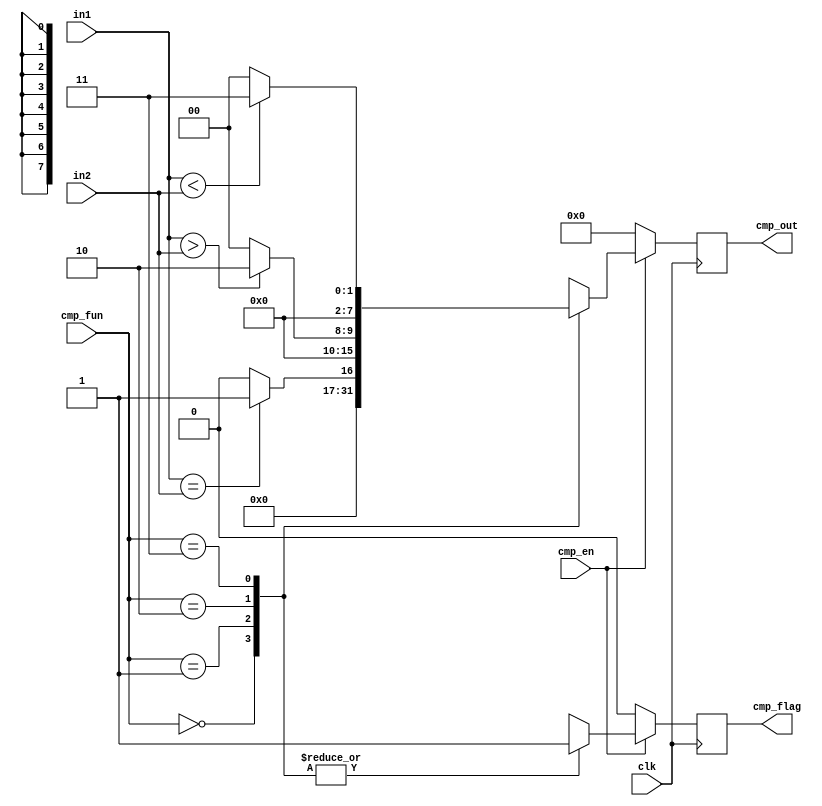
module CMP_UNIT #(
  parameter DATA_WIDTH = 8
  ) (
  input wire [DATA_WIDTH - 1 : 0]        in1,
  input wire [DATA_WIDTH - 1 : 0]        in2,
  input wire                            clk,
  input wire [1:0]                      cmp_fun,
  input wire                            cmp_en,
  output reg [DATA_WIDTH - 1 : 0]    cmp_out,
  output reg                            cmp_flag
  );
  
  reg [DATA_WIDTH - 1 : 0] cmp_out_comb;
  reg cmp_flag_comb;
  
  always @(posedge clk)
    begin
      cmp_out <= cmp_out_comb;
      cmp_flag <= cmp_flag_comb;      
    end
  
  always @(*)
    begin
      cmp_out_comb = 'b0;
      cmp_flag_comb = 1'b0;
      if (cmp_en)
        begin
          case (cmp_fun)
            2'b00: 
            begin
              cmp_out_comb = 'b0;
              cmp_flag_comb = 1'b1;
            end
            
            2'b01:
            begin
              if(in1 == in2)
                begin
                  cmp_out_comb = 'b1;
                end
              else
                begin
                  cmp_out_comb = 'b0;
                end
              cmp_flag_comb = 1'b1;
            end
          
            2'b10:
            begin
              if(in1 > in2)
                begin
                  cmp_out_comb = 'b10;
                end
              else
                begin
                  cmp_out_comb = 'b0;
                end
              cmp_flag_comb = 1'b1;
            end
          
            2'b11:
            begin
              if(in1 < in2)
                begin
                  cmp_out_comb = 'b11;
                end
              else
                begin
                  cmp_out_comb = 'b0;
                end
              cmp_flag_comb = 1'b1;
            end
          
            default:
            begin
              cmp_out_comb = 'b0;
              cmp_flag_comb = 1'b0;
            end
          
          endcase
        end
      else
        begin
          cmp_out_comb = 'b0;
          cmp_flag_comb = 1'b0;
        end  
    end
  
endmodule